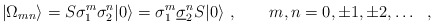
\begin{align*}|\Omega_{mn}\rangle =S\sigma_{1}^{m}\sigma_{2}^{n}|0\rangle = \sigma_{1}^{m}\underline{\sigma}_{2}^{n}S|0\rangle\ , \qquad m,n=0,\pm 1,\pm 2, \ldots \ \ ,\end{align*}